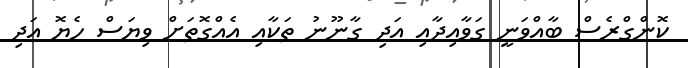
ކޮންގްރެސް ބާއްވަނީ ގަވާއިދާއި އަދި ގާނޫނު ތަކާއި އެއްގޮތަށް ވިޔަސް ހެޔޮ އަދި